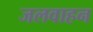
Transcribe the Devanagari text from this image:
जलवाहन